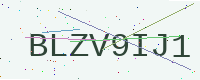
Text: BLZV9IJ1